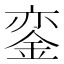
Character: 銮